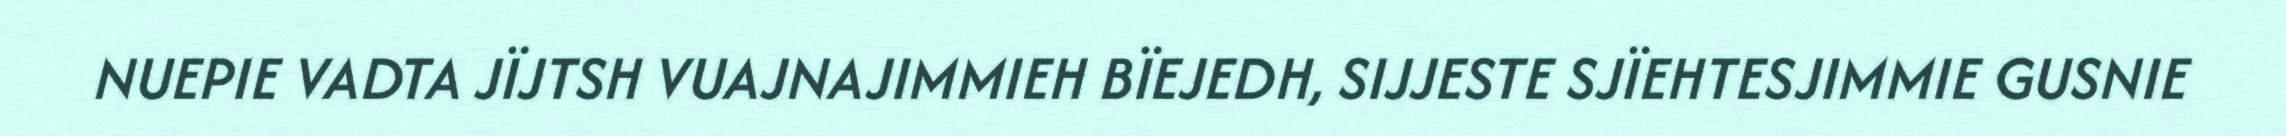
NUEPIE VADTA JÏJTSH VUAJNAJIMMIEH BÏEJEDH, SIJJESTE SJÏEHTESJIMMIE GUSNIE